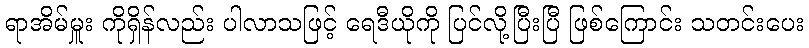
ရာအိမ်မှူး ကိုရှိန်လည်း ပါလာသဖြင့် ရေဒီယိုကို ပြင်လို့ပြီးပြီ ဖြစ်ကြောင်း သတင်းပေး